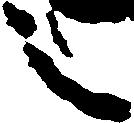
之